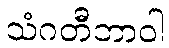
သံဂတီဘာဝါ